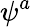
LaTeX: \psi^{a}